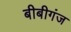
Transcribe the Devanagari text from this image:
बीबीगंज